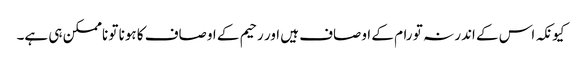
کیونکہ اس کے اندر نہ تو رام کے اوصاف ہیں اور رحیم کے اوصاف کا ہونا تو ناممکن ہی ہے۔